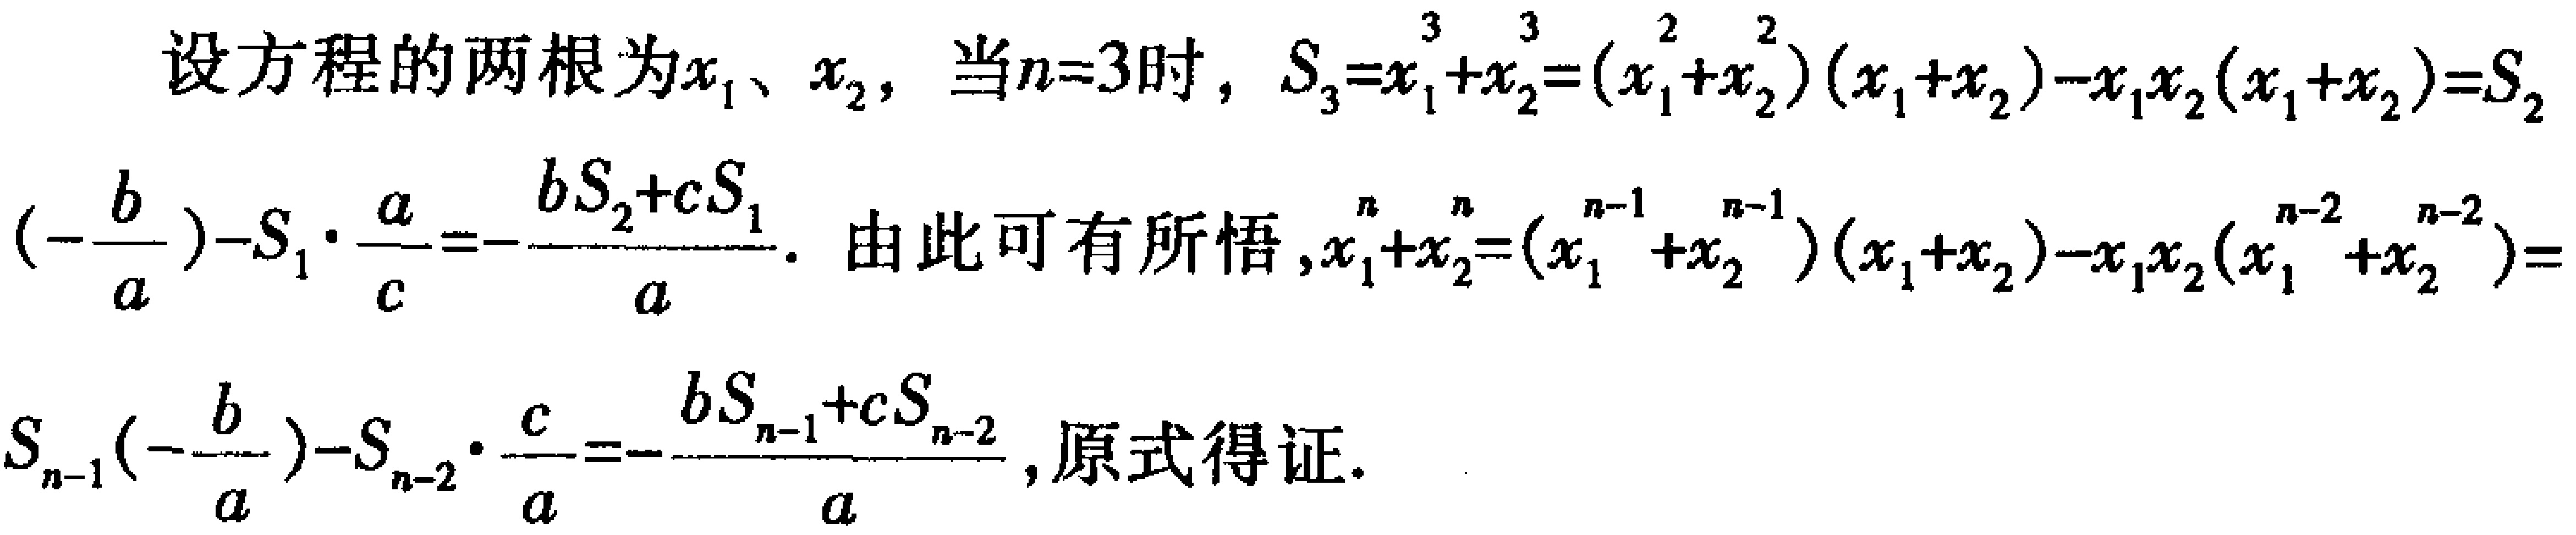
设方程的两根为\(x_1\)、\(x_2\)，当\(n = 3\)时，\(S_3=x_1^{3}+x_2^{3}=(x_1^{2}+x_2^{2})(x_1 + x_2)-x_1x_2(x_1 + x_2)=S_2\left(-\frac{b}{a}\right)-S_1\cdot\frac{a}{c}=-\frac{bS_2 + cS_1}{a}\)。由此可有所悟，\(x_1^{n}+x_2^{n}=(x_1^{n - 1}+x_2^{n - 1})(x_1 + x_2)-x_1x_2(x_1^{n - 2}+x_2^{n - 2})=S_{n - 1}\left(-\frac{b}{a}\right)-S_{n - 2}\cdot\frac{c}{a}=-\frac{bS_{n - 1}+cS_{n - 2}}{a}\)，原式得证。